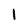
Character: l